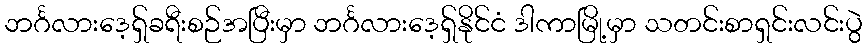
ဘင်္ဂလားဒေ့ရှ်ခရီးစဉ်အပြီးမှာ ဘင်္ဂလားဒေ့ရှ်နိုင်ငံ ဒါကာမြို့မှာ သတင်းစာရှင်းလင်းပွဲ